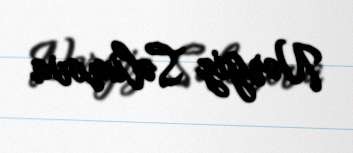
Nərgiz Səlimova